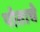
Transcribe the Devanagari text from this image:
पोताचे